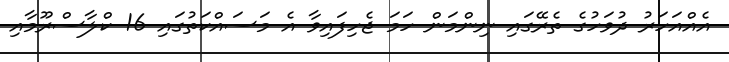
އެއްއަހަރު ދުވަހުގެ ތެރޭގައި ނިންމަން ހަމަ ޖެހިފައިވާ އެ މަސައްކަތުގައި 16 ކްލާސްރޫމާއި